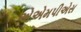
એએમપીએસ